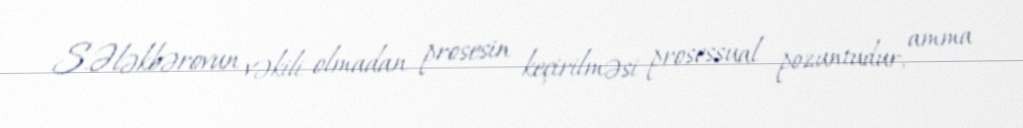
S.Ələkbərovun vəkili olmadan prosesin keçirilməsi prosessual pozuntudur, amma